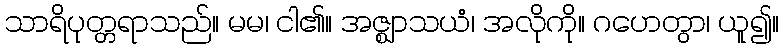
သာရိပုတ္တရာသည်။ မမ၊ ငါ၏။ အဇ္ဈာသယံ၊ အလိုကို။ ဂဟေတွာ၊ ယူ၍။